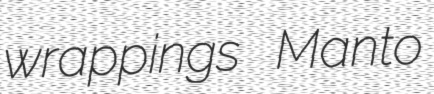
wrappings Manto